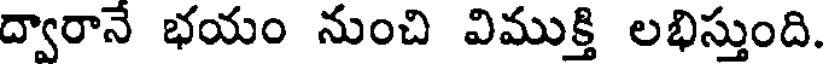
ద్వారానే భయం నుంచి విముక్తి లభిస్తుంది.